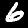
Digit: 6